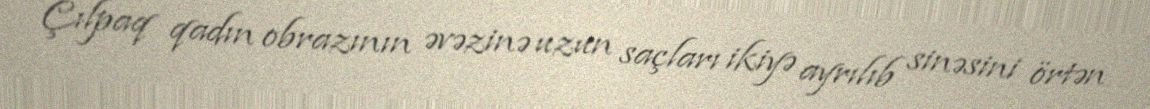
Çılpaq qadın obrazının əvəzinə uzun saçları ikiyə ayrılıb sinəsini örtən